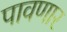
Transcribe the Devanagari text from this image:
पावणार